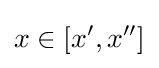
x\in [x',x'']